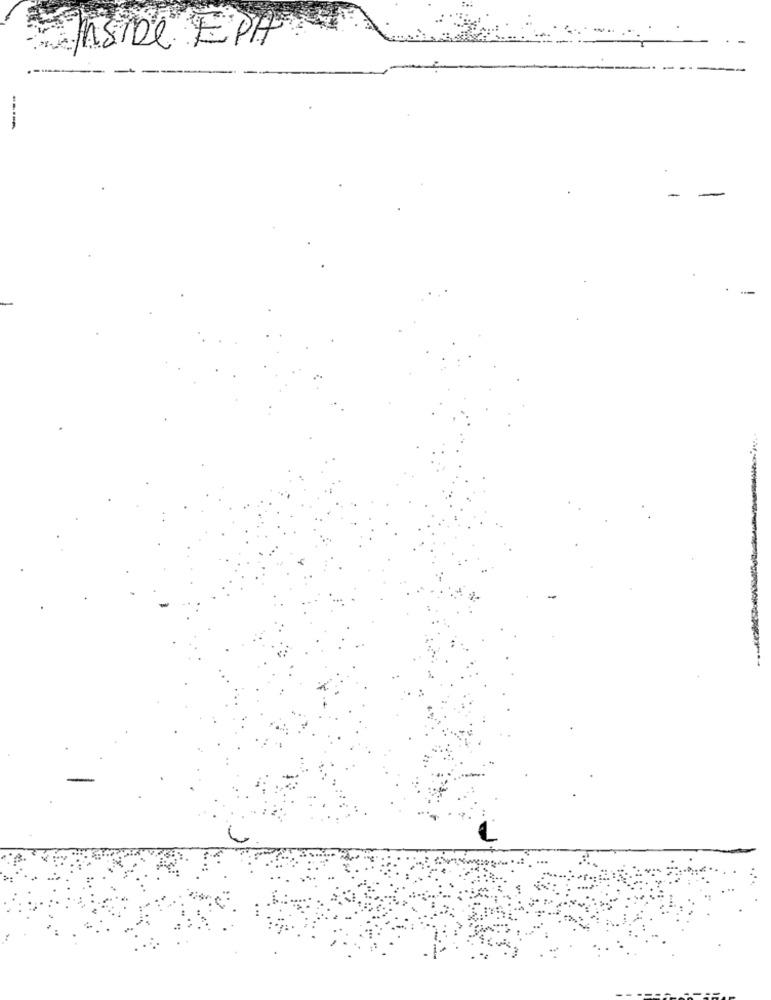
ASDe EPH
----